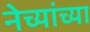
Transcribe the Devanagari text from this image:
नेच्यांच्या